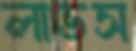
লাভস